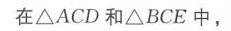
在\(\triangle ACD\)和\(\triangle BCE\)中，